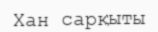
Хан сарқыты